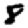
Digit: 8